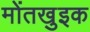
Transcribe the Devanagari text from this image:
मोंतखुइक